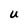
Character: U